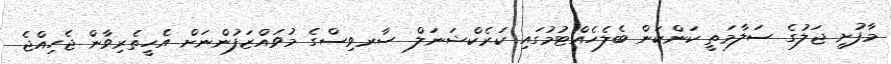
މާފުށީ ޖަލުގެ ސަލާމަތީ ކަންކަން ބެލެހެއްޓުމުގައި ކަރެކްޝަނަލް ސާރވިސްގެ މުވައްޒަފުންނަށް އެހީތެރިވާން ޖެހިއްޖެ